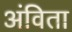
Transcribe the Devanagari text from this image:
अंविता